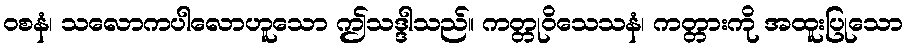
ဝစနံ၊ သလောကပါလောဟူသော ဤသဒ္ဒါသည်။ ကတ္တုဝိသေသနံ၊ ကတ္တားကို အထူးပြုသော